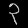
Digit: ၃